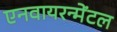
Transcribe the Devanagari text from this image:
एनवायरन्मेंटल